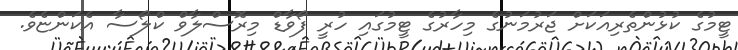
ޓީމުގެ ކުޅުންތެރިއަކަށް ޖަރުމަނުގެ މިހާރުގެ ޓީމުގައި ހުރީ ފޯވާޑް މިރޮސްލާވް ކްލޯސާ އެކަންޏެވެ.